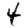
Digit: 4